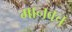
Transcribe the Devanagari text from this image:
मानवच